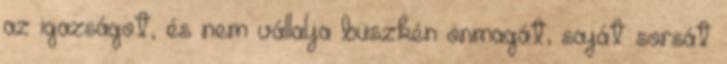
az igazságot, és nem vállalja büszkén önmagát, saját sorsát